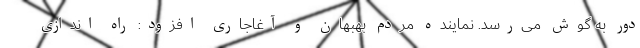
دور به گوش می‌رسد. نماینده مردم بهبهان و آغاجاری افزود: راه اندازی